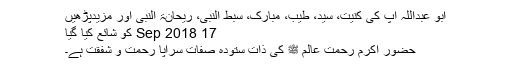
ابو عبداللہ آپؓ کی کنیت، سید، طیب، مبارک، سبط النبیؐ، ریحانۃ النبیؐ اور مزیدپڑھیں
17 Sep 2018 کو شائع کیا گیا
حضور اکرم رحمت عالم ﷺ کی ذات ستودہ صفات سراپا رحمت و شفقت ہے۔